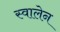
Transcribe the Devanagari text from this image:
स्वालेन